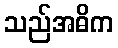
သည်အဓိက